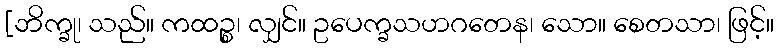
[ဘိက္ခု၊ သည်။ ကထဉ္စ၊ လျှင်။ ဥပေက္ခသဟဂတေန၊ သော။ စေတသာ၊ ဖြင့်။